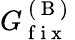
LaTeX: G_{\mathrm{~f~i~x~}}^{\mathrm{~(~B~)~}}